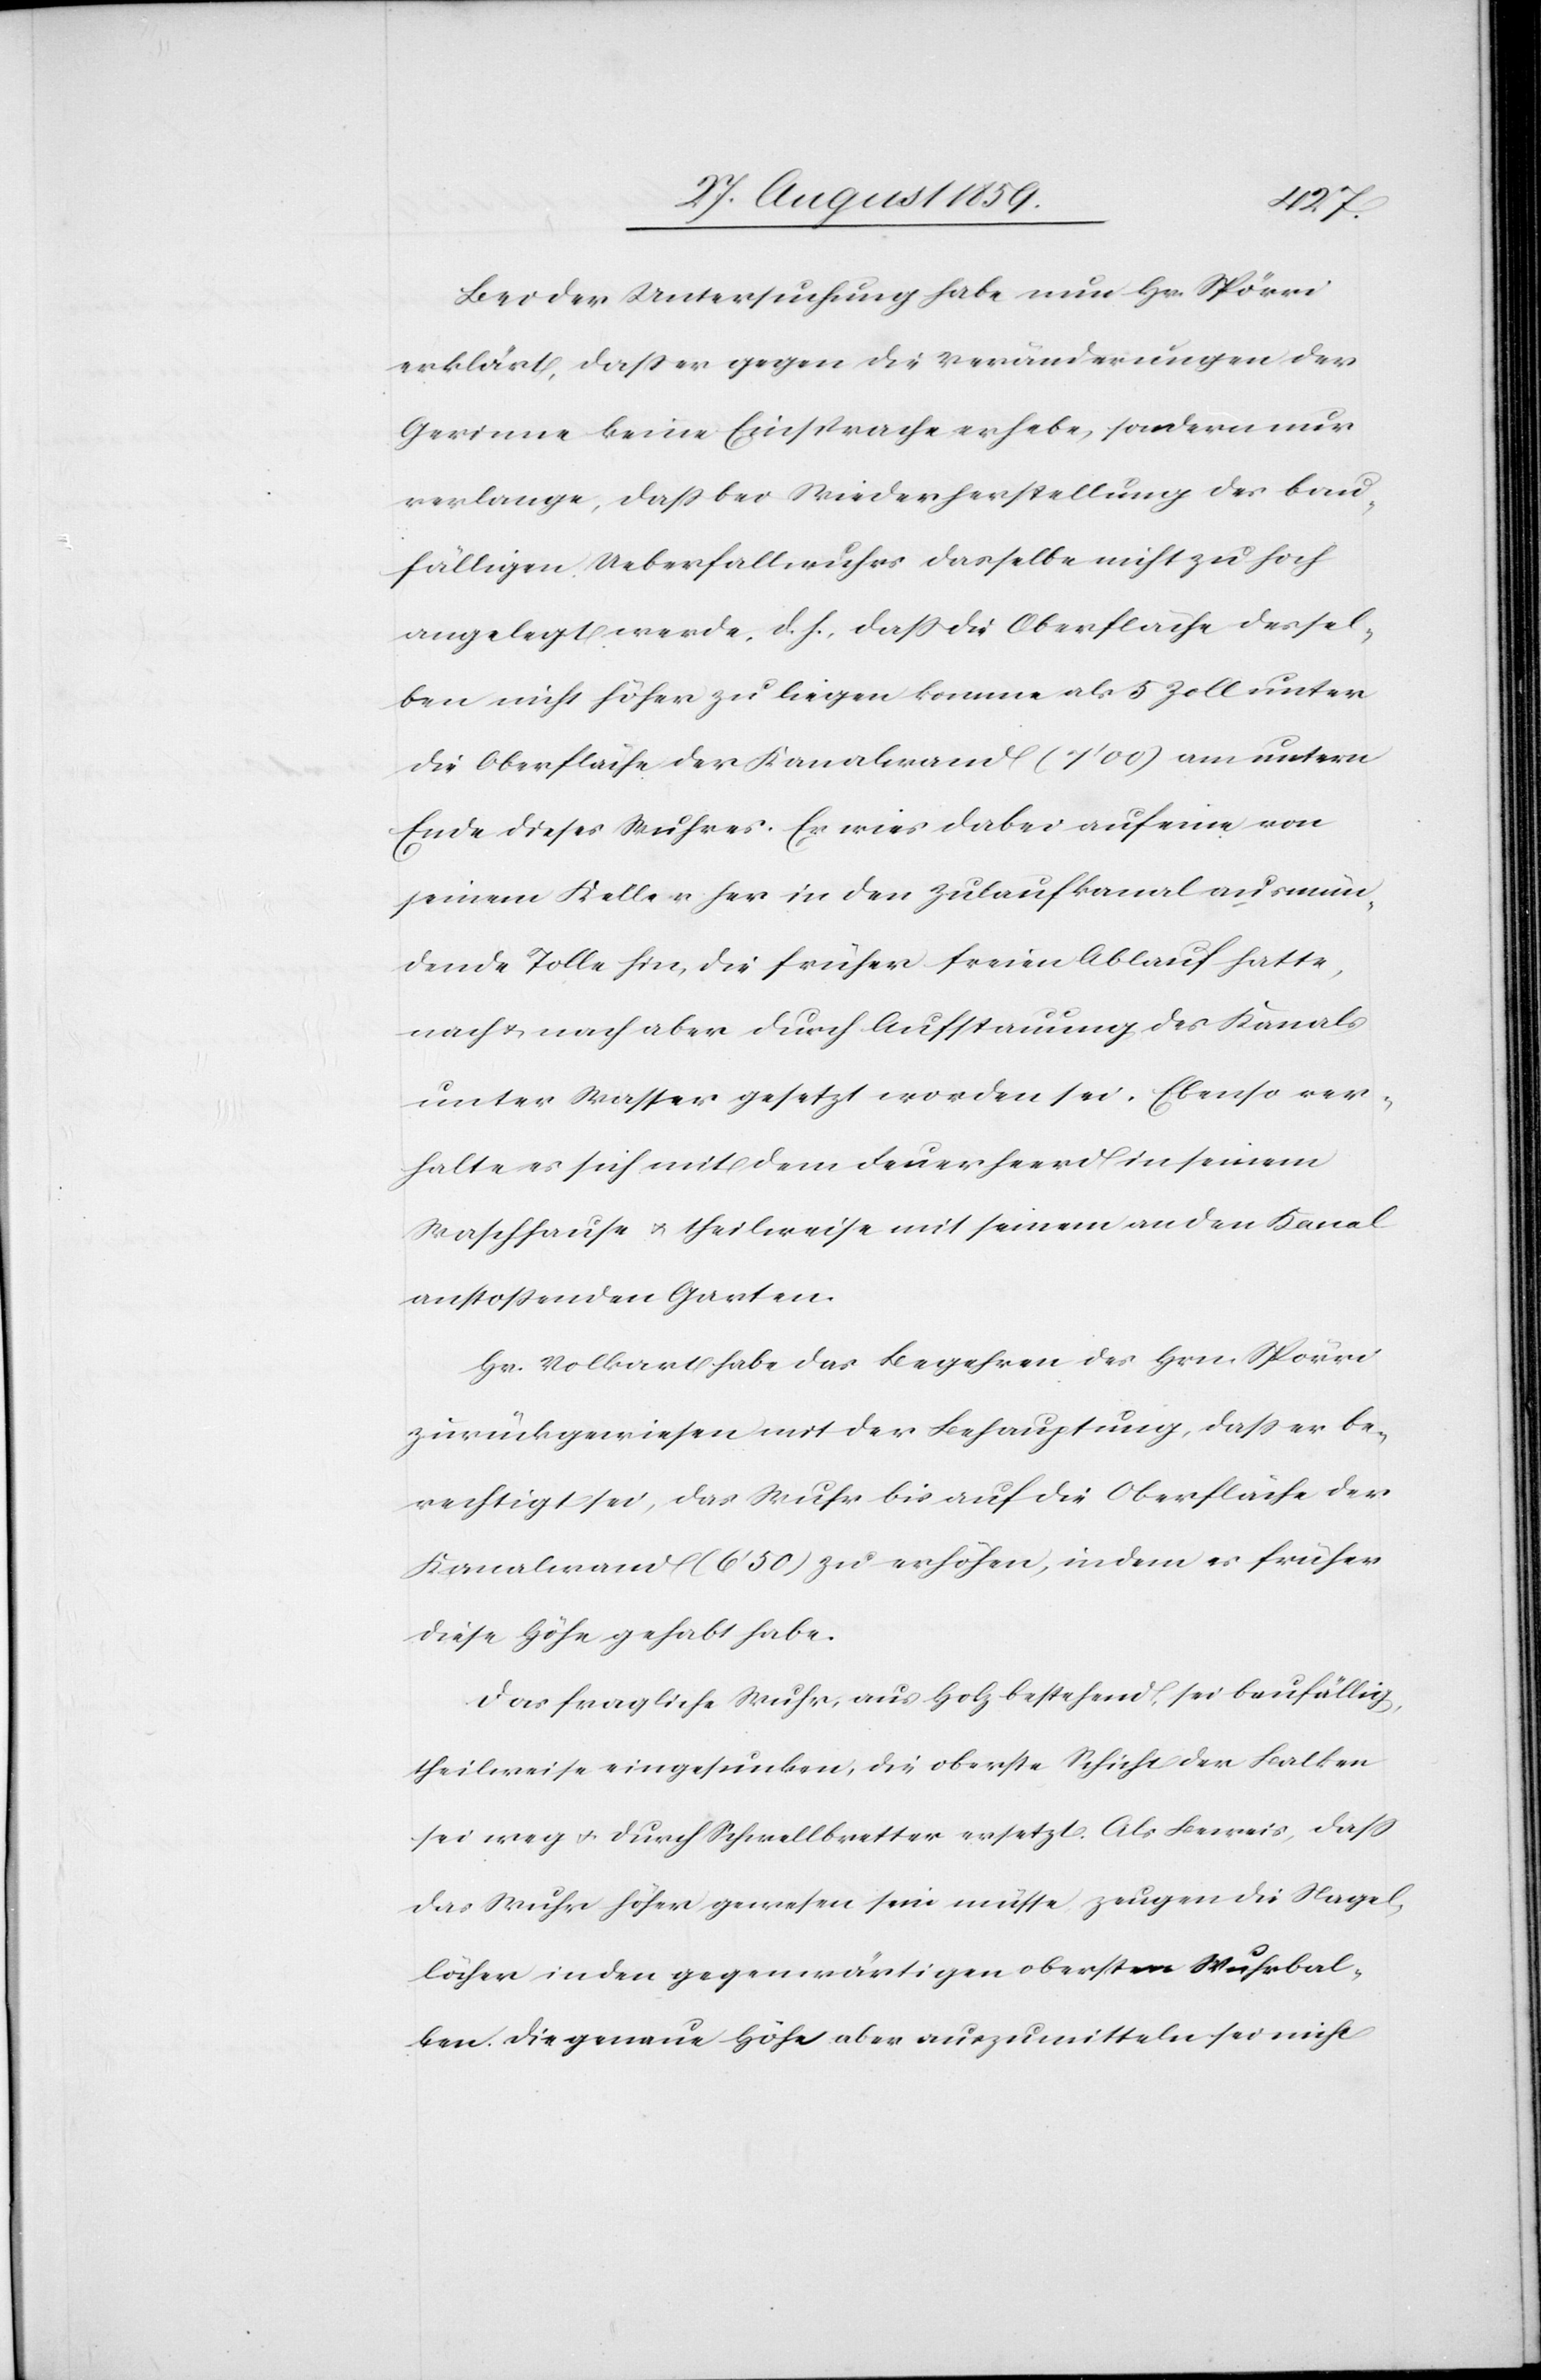
Bei der Untersuchung habe nun Hr. Spörri
erklärt, daß er gegen die Veränderungen der
Gerinne keine Einsprache erhebe, sondern nur
verlange, daß bei Wiederherstellung des bau¬
fälligen Ueberfallwuhrs dasselbe nicht zu hoch
angelegt werde, d. h., daß die Oberfläche dessel¬
ben nicht höher zu liegen komme als 5 Zoll unter
die Oberfläche der Kanalwand (7’00) am untern
Ende dieses Wuhres. Er wies dabei auf eine von
seinem Keller her in den Zulaufkanal ausmün¬
dende Tolle hin, die früher freien Ablauf hatte,
nach & nach aber durch Aufstauung des Kanals
unter Wasser gesetzt worden sei. Ebenso ver¬
halte es sich mit dem Feuerheerd in seinem
Waschhause & theilweise mit seinem an den Kanal
anstoßenden Garten.
Hr. Volkart habe das Begehren des Hrn. Spörri
zurückgewiesen mit der Behauptung, daß er be¬
rechtigt sei, das Wuhr bis auf die Oberfläche der
Kanalwand (6’50) zu erhöhen, indem es früher
diese Höhe gehabt habe.
Das fragliche Wuhr, aus Holz bestehend, sei baufällig
theilweise eingesunken, die oberste Schicht der Balken
sei weg & durch Schwellbretter ersetzt. Als Beweis, daß
das Wuhr höher gewesen sein müsse zeugen die Nagel¬
löcher in den gegenwärtigen obersten Wuhrbal¬
ken. Die genaue Höhe aber auszumitteln sei nicht